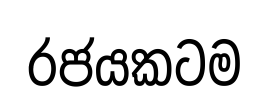
රජයකටම